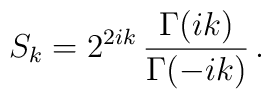
S_k=2^{2ik}\,\frac{\Gamma(ik)}{\Gamma(-ik)}\,.